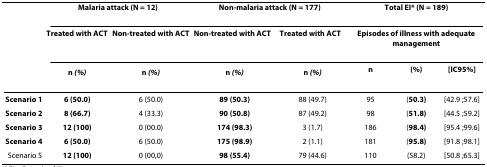
|  | <COLSPAN=2> Malaria attack (N = 12) | <COLSPAN=2> Non-malaria attack (N = 177) | <COLSPAN=3> Total EI* (N = 189) |
 |  | Treated with ACT | Non-treated with ACT | Non-treated with ACT | Treated with ACT | <COLSPAN=3> Episodes of illness with adequate management |
 |  | n (%) | n (%) | n (%) | n (%) | n | (%) | [IC95%] |
 | --- | --- | --- | --- | --- | --- | --- | --- |
 | Scenario 1 | 6 (50.0) | 6 (50.0) | 89 (50.3) | 88 (49.7) | 95 | (50.3) | [42.9 ;57.6] |
 | Scenario 2 | 8 (66.7) | 4 (33.3) | 90 (50.8) | 87 (49.2) | 98 | (51.8) | [44.5 ;59.2] |
 | Scenario 3 | 12 (100) | 0 (00.0) | 174 (98.3) | 3 (1.7) | 186 | (98.4) | [95.4 ;99.6] |
 | Scenario 4 | 6 (50.0) | 6 (50.0) | 175 (98.9) | 2 (1.1) | 181 | (95.8) | [91.8 ;98.1] |
 | Scenario 5 | 12 (100) | 0 (00,0) | 98 (55.4) | 79 (44.6) | 110 | (58.2) | [50.8 ;65.3] |